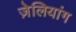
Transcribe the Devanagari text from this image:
ज़ेलियांग